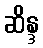
ဆိန္ဒ